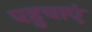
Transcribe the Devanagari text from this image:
पहुचाएं